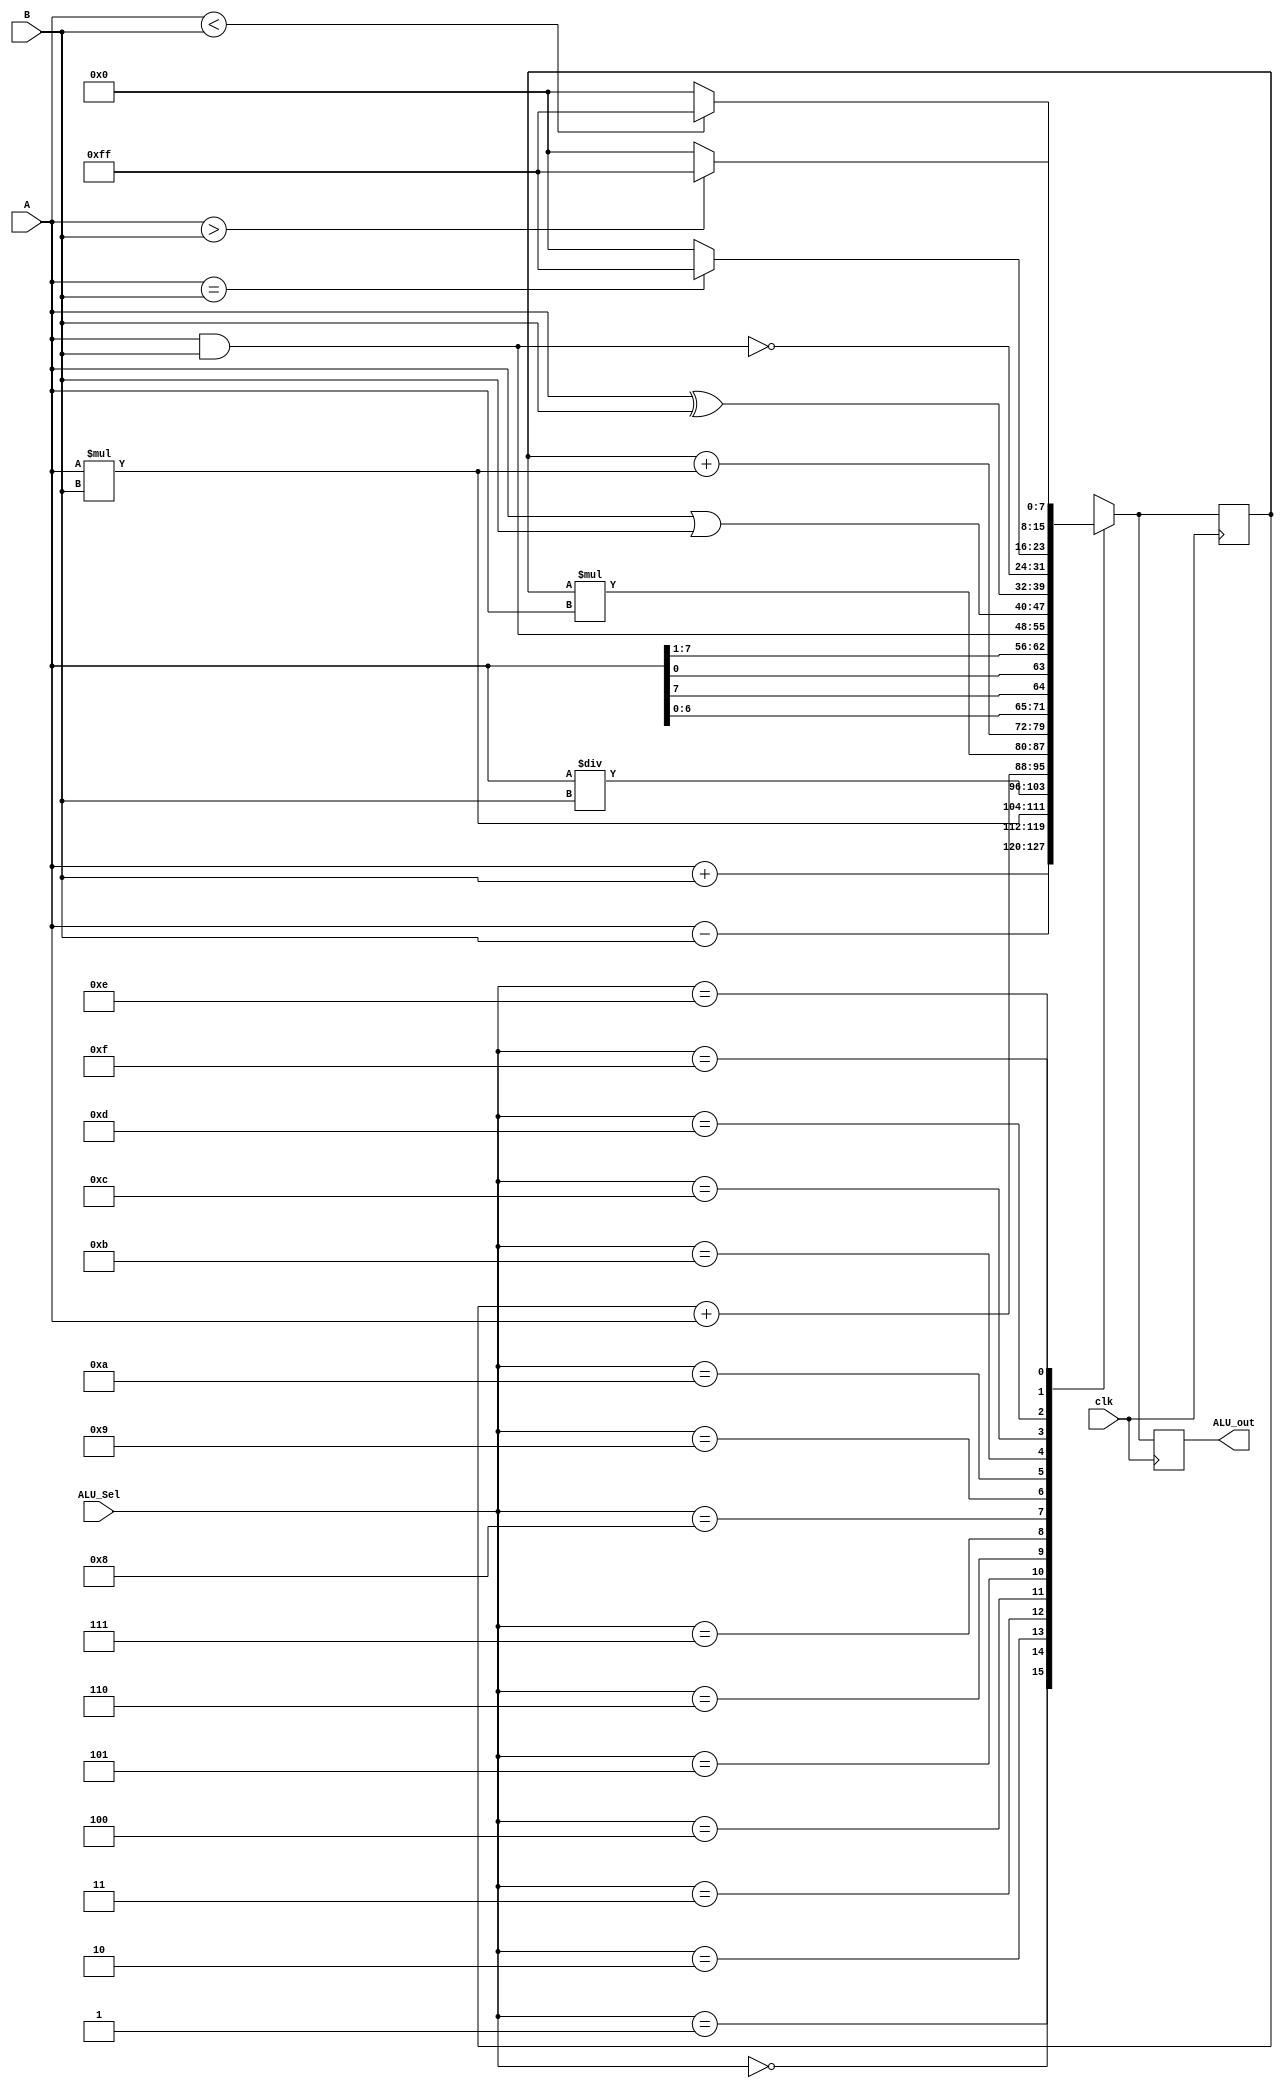
module ALU(
  input clk,
  input [7:0]A,
  input [7:0]B,
  input [3:0] ALU_Sel,
  output reg[7:0] ALU_out
);
  //output register
  reg [7:0]Acc = 8'b0;
    
  always@(posedge clk)
    begin
     case(ALU_Sel)
        4'b0000: // Addition
           Acc = A + B ; 
        4'b0001: //Subtraction 
           Acc = A - B;
        4'b0010: //Multiplication
           Acc = A *  B;
        4'b0011: //Div
           Acc = A/B;
        4'b0100: //ADDA
           Acc = Acc + A ; 
        4'b0101: //MULA 
           Acc = Acc * A;
        4'b0110: //MAC
          Acc = Acc + (A*B);
        4'b0111: //ROL
          Acc = {A[6:0],A[7]};
        4'b1000: // ROR
          Acc = {A[0],A[7:1]}; 
        4'b1001: //AND
           Acc = A & B;
        4'b1010: //OR
           Acc = A | B;
        4'b1011: //XOR
           Acc = A^B;
        4'b1100: //NAND
           Acc = ~(A & B); 
        4'b1101: //ETH
          Acc = (A==B)?8'hFF:8'b0;
        4'b1110: //GTH
          Acc = (A>B)?8'hFF:8'b0;
        4'b1111: //LTH
          Acc = (A<B)?8'hFF:8'b0;
        default: Acc = A + B; //Addition
     endcase
    
     ALU_out <= Acc;
    end
endmodule